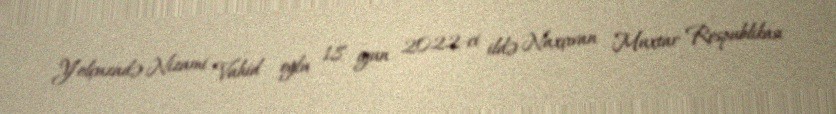
Yolçuzadə Nizami Vahid oğlu 18 iyun 2022-ci ildə Naxçıvan Muxtar Respublikası